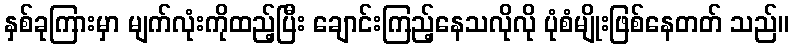
နှစ်ခုကြားမှာ မျက်လုံးကိုထည့်ပြီး ချောင်းကြည့်နေသလိုလို ပုံစံမျိုးဖြစ်နေတတ် သည်။